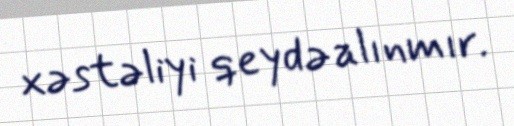
xəstəliyi qeydə alınmır.